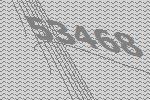
53468